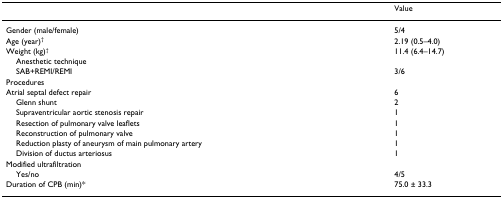
<table><thead><tr><td></td><td><b>Value</b></td></tr></thead><tbody><tr><td>Gender (male/female)</td><td>5/4</td></tr><tr><td>Age (year)<sup>†</sup></td><td>2.19 (0.5–4.0)</td></tr><tr><td>Weight (kg)<sup>†</sup></td><td>11.4 (6.4–14.7)</td></tr><tr><td> Anesthetic technique</td><td></td></tr><tr><td> SAB+REMI/REMI</td><td>3/6</td></tr><tr><td>Procedures</td><td></td></tr><tr><td>Atrial septal defect repair</td><td>6</td></tr><tr><td> Glenn shunt</td><td>2</td></tr><tr><td> Supraventricular aortic stenosis repair</td><td>1</td></tr><tr><td> Resection of pulmonary valve leaflets</td><td>1</td></tr><tr><td> Reconstruction of pulmonary valve</td><td>1</td></tr><tr><td> Reduction plasty of aneurysm of main pulmonary artery</td><td>1</td></tr><tr><td> Division of ductus arteriosus</td><td>1</td></tr><tr><td>Modified ultrafiltration</td><td></td></tr><tr><td> Yes/no</td><td>4/5</td></tr><tr><td>Duration of CPB (min)*</td><td>75.0 ± 33.3</td></tr></tbody></table>